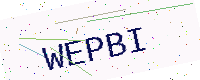
Text: WEPBI